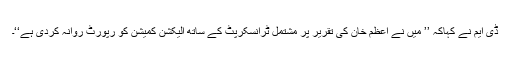
ڈی ایم نے کہاکہ ’’ میں نے اعظم خان کی تقریر پر مشتمل ٹرانسکرپٹ کے ساتھ الیکشن کمیشن کو رپورٹ روانہ کردی ہے‘‘۔